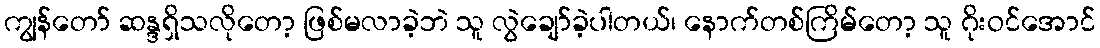
ကျွန်တော် ဆန္ဒရှိသလိုတော့ ဖြစ်မလာခဲ့ဘဲ သူ လွဲချော်ခဲ့ပါတယ်၊ နောက်တစ်ကြိမ်တော့ သူ ဂိုးဝင်အောင်